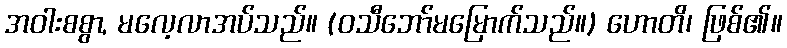
အဝါးစစွာ, မလေ့လာအပ်သည်။ (ဝသီဘော်မမြောက်သည်။) ဟောတိ၊ ဖြစ်၏။